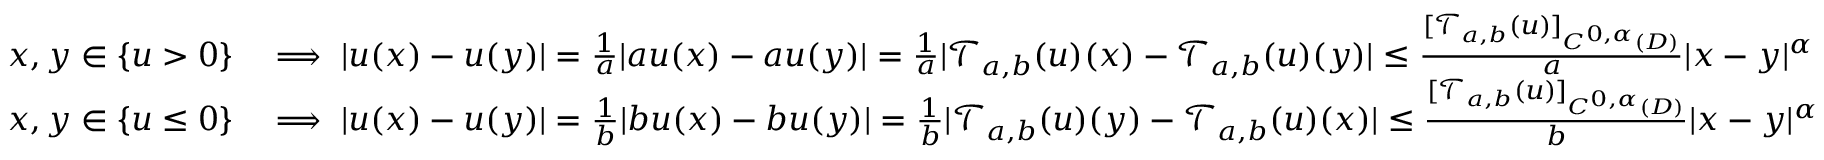
\begin{array} { r l } { x , y \in \{ u > 0 \} } & { \implies | u ( x ) - u ( y ) | = \frac { 1 } { a } | a u ( x ) - a u ( y ) | = \frac { 1 } { a } | \mathcal { T } _ { a , b } ( u ) ( x ) - \mathcal { T } _ { a , b } ( u ) ( y ) | \le \frac { [ \mathcal { T } _ { a , b } ( u ) ] _ { C ^ { 0 , \alpha } ( D ) } } { a } | x - y | ^ { \alpha } } \\ { x , y \in \{ u \le 0 \} } & { \implies | u ( x ) - u ( y ) | = \frac { 1 } { b } | b u ( x ) - b u ( y ) | = \frac { 1 } { b } | \mathcal { T } _ { a , b } ( u ) ( y ) - \mathcal { T } _ { a , b } ( u ) ( x ) | \le \frac { [ \mathcal { T } _ { a , b } ( u ) ] _ { C ^ { 0 , \alpha } ( D ) } } { b } | x - y | ^ { \alpha } } \end{array}